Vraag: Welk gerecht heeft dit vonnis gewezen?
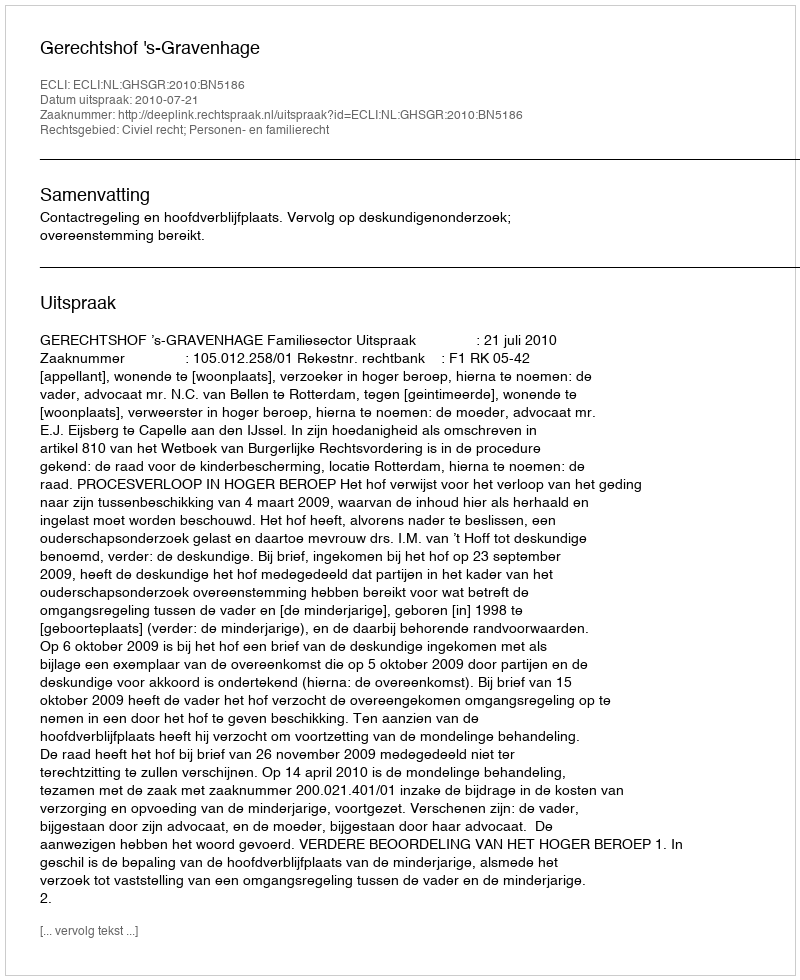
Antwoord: Gerechtshof 's-Gravenhage